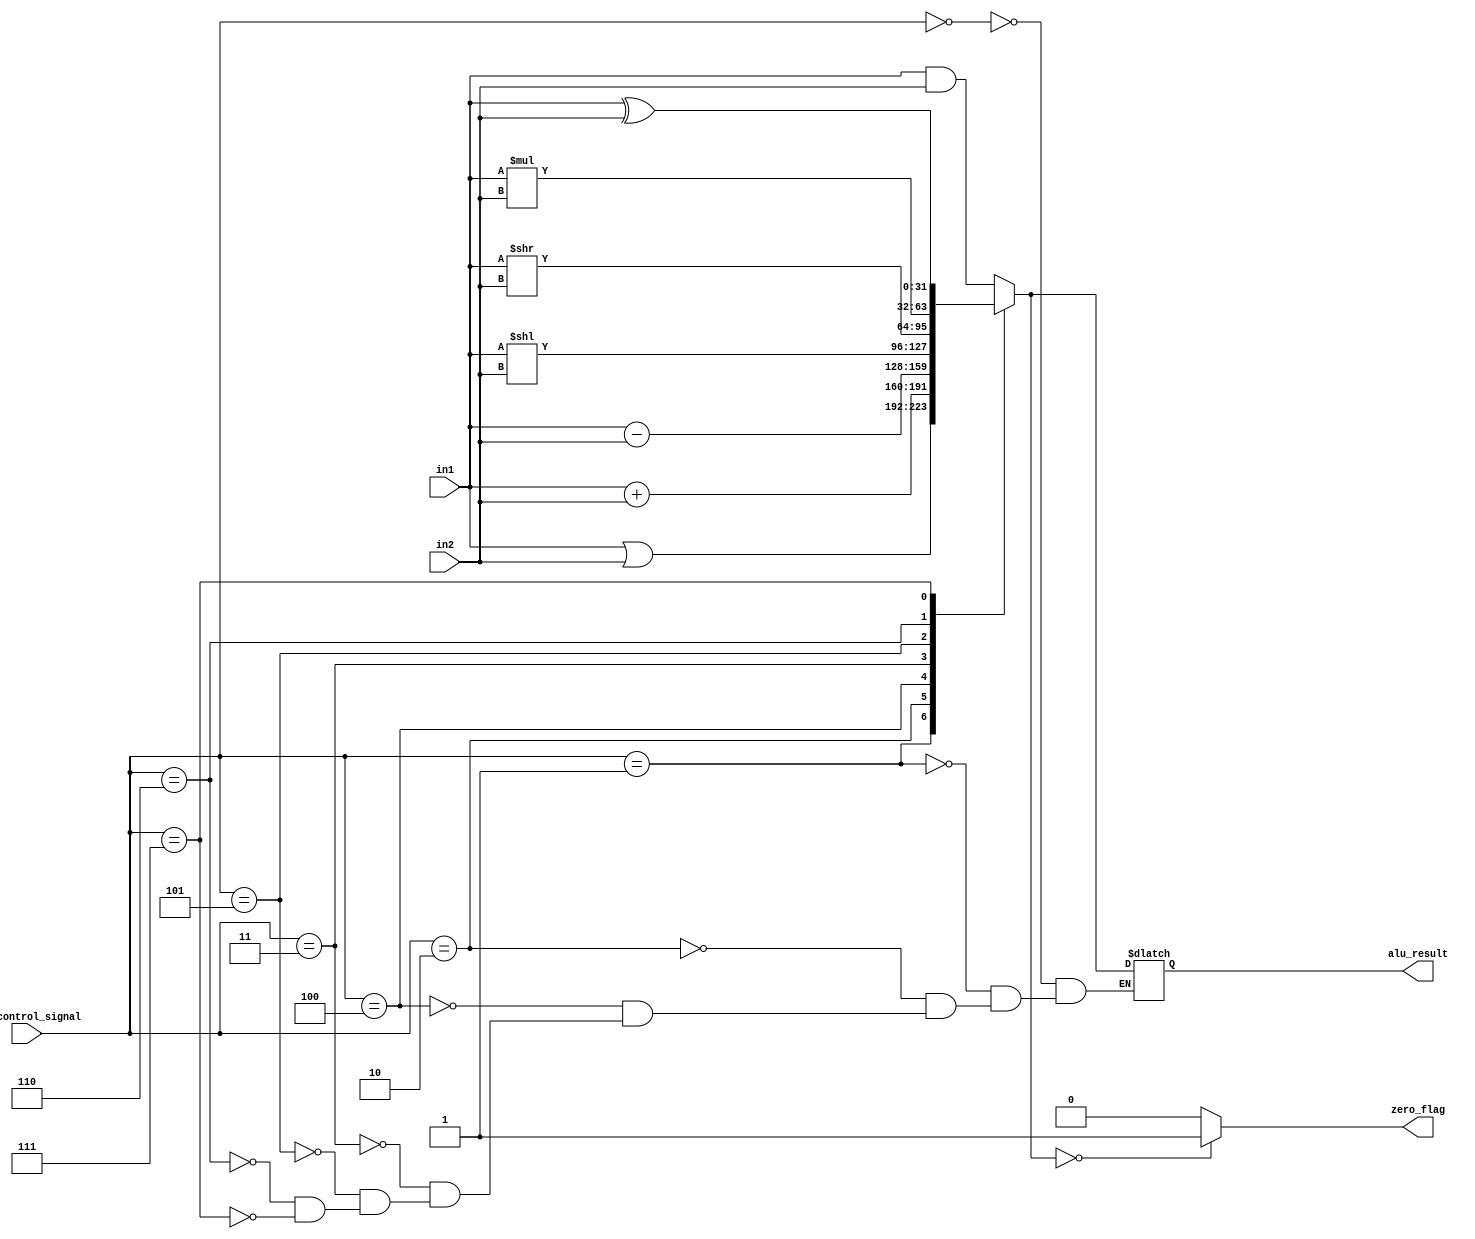
`timescale 1ns / 1ps
module ALU (
    input [31:0] in1,in2, 
    input[3:0] alu_control_signal, // generated by control unit
    output reg [31:0] alu_result,
    output reg zero_flag
);
    always @(*)
    begin
        // Operating based on control signal
        case(alu_control_signal)

        4'b0000: alu_result = in1&in2;
        4'b0001: alu_result = in1|in2;
        4'b0010: alu_result = in1+in2;
        4'b0100: alu_result = in1-in2;
        4'b0011: alu_result = in1<<in2;
        4'b0101: alu_result = in1>>in2;
        4'b0110: alu_result = in1*in2;
        4'b0111: alu_result = in1^in2;

        endcase

        // Setting Zero_flag if ALU_result is zero
        if (alu_result == 0)
            zero_flag = 1'b1;
        else
            zero_flag = 1'b0;
        
    end
endmodule